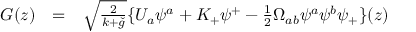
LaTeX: \begin{array} { l l l } { { G ( z ) } } & { { = } } & { { \sqrt { \frac { 2 } { k + \check { g } } } \{ U _ { a } \psi ^ { a } + K _ { + } \psi ^ { + } - \frac { 1 } { 2 } \Omega _ { a b } \psi ^ { a } \psi ^ { b } \psi _ { + } \} ( z ) } } \end{array}